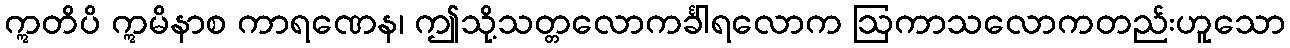
ဣတိပိ ဣမိနာစ ကာရဏေန၊ ဤသို့သတ္တလောကင်္ခါရလောက ဩကာသလောကတည်းဟူသော